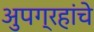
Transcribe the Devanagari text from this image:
अुपग्रहांचे